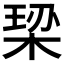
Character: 𪲠